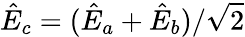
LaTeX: \hat{E}_{c}=(\hat{E}_{a}+\hat{E}_{b})/\sqrt{2}